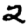
Digit: 2